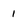
Character: 1